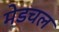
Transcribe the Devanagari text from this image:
मेडचल